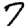
Digit: 7